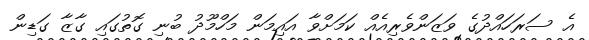
އެ ސަރަހައްދުގެ ވަޒަންވެރިއެއް ކަމަށްވާ އައިމަން މަހްމޫދު ބުނި ގޮތުގައި ގާޒާ ގަޑިން